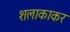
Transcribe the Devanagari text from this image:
शलाकाकर